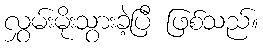
လွှမ်းမိုးသွားခဲ့ပြီ ဖြစ်သည်။